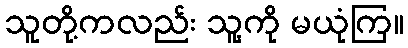
သူတို့ကလည်း သူ့ကို မယုံကြ။